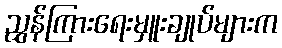
ညွှန်ကြားရေးမှူးချုပ်များက